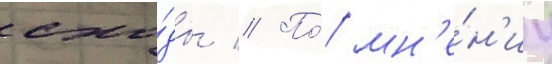
схо́ды // По́ мн'е́н'иу